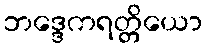
ဘဒ္ဒေကရတ္တိယော